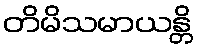
တိမိသမာယန္တိ